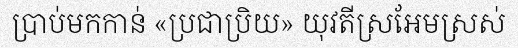
ប្រាប់មកកាន់ «ប្រជាប្រិយ» យុវតីស្រអែមស្រស់